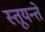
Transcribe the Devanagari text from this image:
स्तूयन्ते